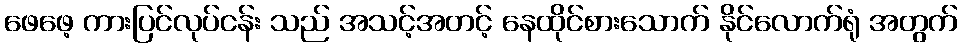
ဖေဖေ့ ကားပြင်လုပ်ငန်း သည် အသင့်အတင့် နေထိုင်စားသောက် နိုင်လောက်ရုံ အတွက်